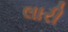
લારી